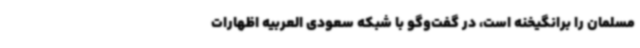
مسلمان را برانگیخنه است، در گفت‌وگو با شبکه سعودی العربیه اظهارات